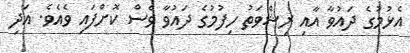
އެޅުމުގެ ދައުވާ އާއި ރިޝްވަތު ހިފުމުގެ ދައުވާ ވެސް ކޮށްފައިި ވެއެވެ. އަދި